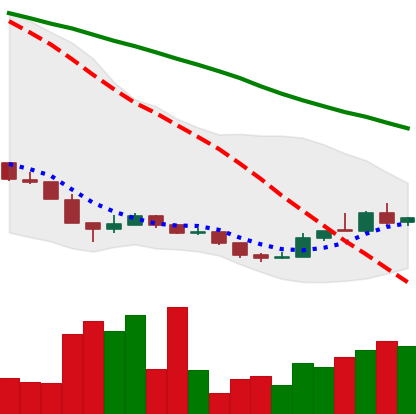
Ticker: XLM-USD
Chart end date: 2018-12-22
Forward return: -9.991%
Label: down_7plus